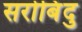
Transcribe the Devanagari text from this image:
सरोबिंदु